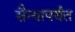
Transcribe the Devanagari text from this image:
सैन्यापर्यंत